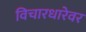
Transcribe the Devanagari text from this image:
विचारधारेवर